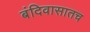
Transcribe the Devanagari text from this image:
बंदिवासातच